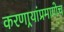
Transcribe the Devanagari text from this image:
करणार्‍यांप्रमाणेच